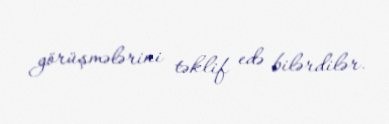
görüşmələrini təklif edə bilərdilər.